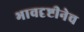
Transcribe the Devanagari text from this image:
भावदृष्टीनेच